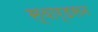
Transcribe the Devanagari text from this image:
स्वार्डसन